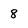
Character: 8